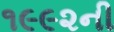
૧૯૯૨ની